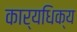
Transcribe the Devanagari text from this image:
कार्यधिक्य